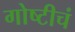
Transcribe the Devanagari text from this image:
गोष्टीचं